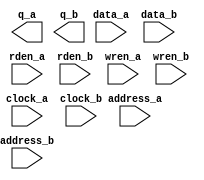
// megafunction wizard: %RAM: 2-PORT%VBB%
// GENERATION: STANDARD
// VERSION: WM1.0
// MODULE: altsyncram 

// ============================================================
// Megafunction Name(s):
// 			altsyncram
//
// Simulation Library Files(s):
// 			altera_mf
// ============================================================
// ************************************************************
// THIS IS A WIZARD-GENERATED FILE. DO NOT EDIT THIS FILE!
//
// 10.0 Build 262 08/18/2010 SP 1 SJ Full Version
// ************************************************************

//Copyright (C) 1991-2010 Altera Corporation
//Your use of Altera Corporation's design tools, logic functions 
//and other software and tools, and its AMPP partner logic 
//functions, and any output files from any of the foregoing 
//(including device programming or simulation files), and any 
//associated documentation or information are expressly subject 
//to the terms and conditions of the Altera Program License 
//Subscription Agreement, Altera MegaCore Function License 
//Agreement, or other applicable license agreement, including, 
//without limitation, that your use is for the sole purpose of 
//programming logic devices manufactured by Altera and sold by 
//Altera or its authorized distributors.  Please refer to the 
//applicable agreement for further details.

module dual_port_64K_ram (
	address_a,
	address_b,
	clock_a,
	clock_b,
	data_a,
	data_b,
	rden_a,
	rden_b,
	wren_a,
	wren_b,
	q_a,
	q_b);

	input	[10:0]  address_a;
	input	[10:0]  address_b;
	input	  clock_a;
	input	  clock_b;
	input	[31:0]  data_a;
	input	[31:0]  data_b;
	input	  rden_a;
	input	  rden_b;
	input	  wren_a;
	input	  wren_b;
	output	[31:0]  q_a;
	output	[31:0]  q_b;
`ifndef ALTERA_RESERVED_QIS
// synopsys translate_off
`endif
	tri1	  clock_a;
	tri1	  rden_a;
	tri1	  rden_b;
	tri0	  wren_a;
	tri0	  wren_b;
`ifndef ALTERA_RESERVED_QIS
// synopsys translate_on
`endif

endmodule

// ============================================================
// CNX file retrieval info
// ============================================================
// Retrieval info: PRIVATE: ADDRESSSTALL_A NUMERIC "0"
// Retrieval info: PRIVATE: ADDRESSSTALL_B NUMERIC "0"
// Retrieval info: PRIVATE: BYTEENA_ACLR_A NUMERIC "0"
// Retrieval info: PRIVATE: BYTEENA_ACLR_B NUMERIC "0"
// Retrieval info: PRIVATE: BYTE_ENABLE_A NUMERIC "0"
// Retrieval info: PRIVATE: BYTE_ENABLE_B NUMERIC "0"
// Retrieval info: PRIVATE: BYTE_SIZE NUMERIC "8"
// Retrieval info: PRIVATE: BlankMemory NUMERIC "1"
// Retrieval info: PRIVATE: CLOCK_ENABLE_INPUT_A NUMERIC "0"
// Retrieval info: PRIVATE: CLOCK_ENABLE_INPUT_B NUMERIC "0"
// Retrieval info: PRIVATE: CLOCK_ENABLE_OUTPUT_A NUMERIC "0"
// Retrieval info: PRIVATE: CLOCK_ENABLE_OUTPUT_B NUMERIC "0"
// Retrieval info: PRIVATE: CLRdata NUMERIC "0"
// Retrieval info: PRIVATE: CLRq NUMERIC "0"
// Retrieval info: PRIVATE: CLRrdaddress NUMERIC "0"
// Retrieval info: PRIVATE: CLRrren NUMERIC "0"
// Retrieval info: PRIVATE: CLRwraddress NUMERIC "0"
// Retrieval info: PRIVATE: CLRwren NUMERIC "0"
// Retrieval info: PRIVATE: Clock NUMERIC "5"
// Retrieval info: PRIVATE: Clock_A NUMERIC "0"
// Retrieval info: PRIVATE: Clock_B NUMERIC "0"
// Retrieval info: PRIVATE: ECC NUMERIC "0"
// Retrieval info: PRIVATE: IMPLEMENT_IN_LES NUMERIC "0"
// Retrieval info: PRIVATE: INDATA_ACLR_B NUMERIC "0"
// Retrieval info: PRIVATE: INDATA_REG_B NUMERIC "1"
// Retrieval info: PRIVATE: INIT_FILE_LAYOUT STRING "PORT_A"
// Retrieval info: PRIVATE: INIT_TO_SIM_X NUMERIC "0"
// Retrieval info: PRIVATE: INTENDED_DEVICE_FAMILY STRING "Stratix III"
// Retrieval info: PRIVATE: JTAG_ENABLED NUMERIC "0"
// Retrieval info: PRIVATE: JTAG_ID STRING "NONE"
// Retrieval info: PRIVATE: MAXIMUM_DEPTH NUMERIC "0"
// Retrieval info: PRIVATE: MEMSIZE NUMERIC "65536"
// Retrieval info: PRIVATE: MEM_IN_BITS NUMERIC "1"
// Retrieval info: PRIVATE: MIFfilename STRING ""
// Retrieval info: PRIVATE: OPERATION_MODE NUMERIC "3"
// Retrieval info: PRIVATE: OUTDATA_ACLR_B NUMERIC "0"
// Retrieval info: PRIVATE: OUTDATA_REG_B NUMERIC "0"
// Retrieval info: PRIVATE: RAM_BLOCK_TYPE NUMERIC "0"
// Retrieval info: PRIVATE: READ_DURING_WRITE_MODE_MIXED_PORTS NUMERIC "2"
// Retrieval info: PRIVATE: READ_DURING_WRITE_MODE_PORT_A NUMERIC "3"
// Retrieval info: PRIVATE: READ_DURING_WRITE_MODE_PORT_B NUMERIC "3"
// Retrieval info: PRIVATE: REGdata NUMERIC "1"
// Retrieval info: PRIVATE: REGq NUMERIC "0"
// Retrieval info: PRIVATE: REGrdaddress NUMERIC "0"
// Retrieval info: PRIVATE: REGrren NUMERIC "1"
// Retrieval info: PRIVATE: REGwraddress NUMERIC "1"
// Retrieval info: PRIVATE: REGwren NUMERIC "1"
// Retrieval info: PRIVATE: SYNTH_WRAPPER_GEN_POSTFIX STRING "0"
// Retrieval info: PRIVATE: USE_DIFF_CLKEN NUMERIC "0"
// Retrieval info: PRIVATE: UseDPRAM NUMERIC "1"
// Retrieval info: PRIVATE: VarWidth NUMERIC "0"
// Retrieval info: PRIVATE: WIDTH_READ_A NUMERIC "32"
// Retrieval info: PRIVATE: WIDTH_READ_B NUMERIC "32"
// Retrieval info: PRIVATE: WIDTH_WRITE_A NUMERIC "32"
// Retrieval info: PRIVATE: WIDTH_WRITE_B NUMERIC "32"
// Retrieval info: PRIVATE: WRADDR_ACLR_B NUMERIC "0"
// Retrieval info: PRIVATE: WRADDR_REG_B NUMERIC "1"
// Retrieval info: PRIVATE: WRCTRL_ACLR_B NUMERIC "0"
// Retrieval info: PRIVATE: enable NUMERIC "0"
// Retrieval info: PRIVATE: rden NUMERIC "1"
// Retrieval info: LIBRARY: altera_mf altera_mf.altera_mf_components.all
// Retrieval info: CONSTANT: ADDRESS_REG_B STRING "CLOCK1"
// Retrieval info: CONSTANT: CLOCK_ENABLE_INPUT_A STRING "BYPASS"
// Retrieval info: CONSTANT: CLOCK_ENABLE_INPUT_B STRING "BYPASS"
// Retrieval info: CONSTANT: CLOCK_ENABLE_OUTPUT_A STRING "BYPASS"
// Retrieval info: CONSTANT: CLOCK_ENABLE_OUTPUT_B STRING "BYPASS"
// Retrieval info: CONSTANT: INDATA_REG_B STRING "CLOCK1"
// Retrieval info: CONSTANT: INTENDED_DEVICE_FAMILY STRING "Stratix III"
// Retrieval info: CONSTANT: LPM_TYPE STRING "altsyncram"
// Retrieval info: CONSTANT: NUMWORDS_A NUMERIC "2048"
// Retrieval info: CONSTANT: NUMWORDS_B NUMERIC "2048"
// Retrieval info: CONSTANT: OPERATION_MODE STRING "BIDIR_DUAL_PORT"
// Retrieval info: CONSTANT: OUTDATA_ACLR_A STRING "NONE"
// Retrieval info: CONSTANT: OUTDATA_ACLR_B STRING "NONE"
// Retrieval info: CONSTANT: OUTDATA_REG_A STRING "UNREGISTERED"
// Retrieval info: CONSTANT: OUTDATA_REG_B STRING "UNREGISTERED"
// Retrieval info: CONSTANT: POWER_UP_UNINITIALIZED STRING "FALSE"
// Retrieval info: CONSTANT: READ_DURING_WRITE_MODE_PORT_A STRING "NEW_DATA_NO_NBE_READ"
// Retrieval info: CONSTANT: READ_DURING_WRITE_MODE_PORT_B STRING "NEW_DATA_NO_NBE_READ"
// Retrieval info: CONSTANT: WIDTHAD_A NUMERIC "11"
// Retrieval info: CONSTANT: WIDTHAD_B NUMERIC "11"
// Retrieval info: CONSTANT: WIDTH_A NUMERIC "32"
// Retrieval info: CONSTANT: WIDTH_B NUMERIC "32"
// Retrieval info: CONSTANT: WIDTH_BYTEENA_A NUMERIC "1"
// Retrieval info: CONSTANT: WIDTH_BYTEENA_B NUMERIC "1"
// Retrieval info: CONSTANT: WRCONTROL_WRADDRESS_REG_B STRING "CLOCK1"
// Retrieval info: USED_PORT: address_a 0 0 11 0 INPUT NODEFVAL "address_a[10..0]"
// Retrieval info: USED_PORT: address_b 0 0 11 0 INPUT NODEFVAL "address_b[10..0]"
// Retrieval info: USED_PORT: clock_a 0 0 0 0 INPUT VCC "clock_a"
// Retrieval info: USED_PORT: clock_b 0 0 0 0 INPUT NODEFVAL "clock_b"
// Retrieval info: USED_PORT: data_a 0 0 32 0 INPUT NODEFVAL "data_a[31..0]"
// Retrieval info: USED_PORT: data_b 0 0 32 0 INPUT NODEFVAL "data_b[31..0]"
// Retrieval info: USED_PORT: q_a 0 0 32 0 OUTPUT NODEFVAL "q_a[31..0]"
// Retrieval info: USED_PORT: q_b 0 0 32 0 OUTPUT NODEFVAL "q_b[31..0]"
// Retrieval info: USED_PORT: rden_a 0 0 0 0 INPUT VCC "rden_a"
// Retrieval info: USED_PORT: rden_b 0 0 0 0 INPUT VCC "rden_b"
// Retrieval info: USED_PORT: wren_a 0 0 0 0 INPUT GND "wren_a"
// Retrieval info: USED_PORT: wren_b 0 0 0 0 INPUT GND "wren_b"
// Retrieval info: CONNECT: @address_a 0 0 11 0 address_a 0 0 11 0
// Retrieval info: CONNECT: @address_b 0 0 11 0 address_b 0 0 11 0
// Retrieval info: CONNECT: @clock0 0 0 0 0 clock_a 0 0 0 0
// Retrieval info: CONNECT: @clock1 0 0 0 0 clock_b 0 0 0 0
// Retrieval info: CONNECT: @data_a 0 0 32 0 data_a 0 0 32 0
// Retrieval info: CONNECT: @data_b 0 0 32 0 data_b 0 0 32 0
// Retrieval info: CONNECT: @rden_a 0 0 0 0 rden_a 0 0 0 0
// Retrieval info: CONNECT: @rden_b 0 0 0 0 rden_b 0 0 0 0
// Retrieval info: CONNECT: @wren_a 0 0 0 0 wren_a 0 0 0 0
// Retrieval info: CONNECT: @wren_b 0 0 0 0 wren_b 0 0 0 0
// Retrieval info: CONNECT: q_a 0 0 32 0 @q_a 0 0 32 0
// Retrieval info: CONNECT: q_b 0 0 32 0 @q_b 0 0 32 0
// Retrieval info: GEN_FILE: TYPE_NORMAL dual_port_64K_ram.v TRUE
// Retrieval info: GEN_FILE: TYPE_NORMAL dual_port_64K_ram.inc FALSE
// Retrieval info: GEN_FILE: TYPE_NORMAL dual_port_64K_ram.cmp FALSE
// Retrieval info: GEN_FILE: TYPE_NORMAL dual_port_64K_ram.bsf FALSE
// Retrieval info: GEN_FILE: TYPE_NORMAL dual_port_64K_ram_inst.v TRUE
// Retrieval info: GEN_FILE: TYPE_NORMAL dual_port_64K_ram_bb.v TRUE
// Retrieval info: LIB_FILE: altera_mf